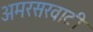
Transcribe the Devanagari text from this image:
अमरसरवाटी